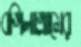
বগিলাগ্রামের